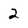
Character: 2